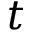
t